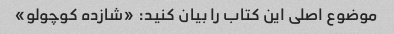
موضوع اصلی این کتاب را بیان کنید: «شازده کوچولو»